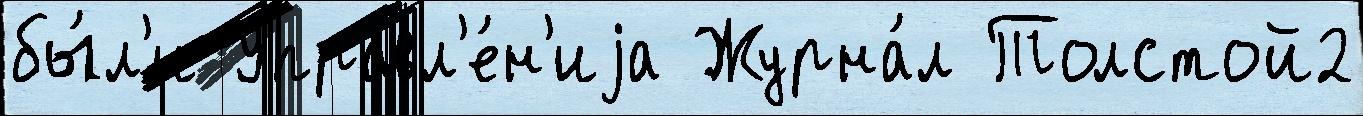
бы́л'и Управл'е́н'иjа Журна́л Толстой2